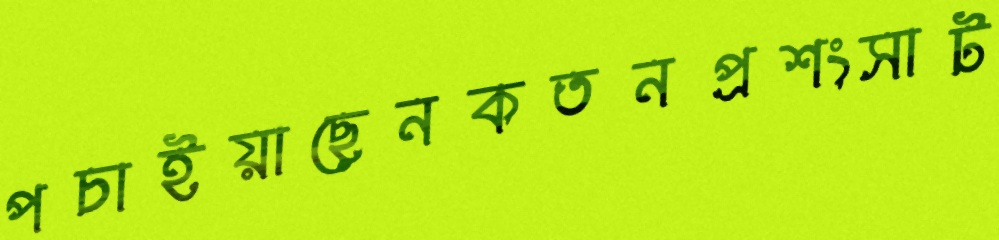
পচাইয়াছেনকতনপ্রশংসাট